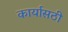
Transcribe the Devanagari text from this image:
कार्यासठी